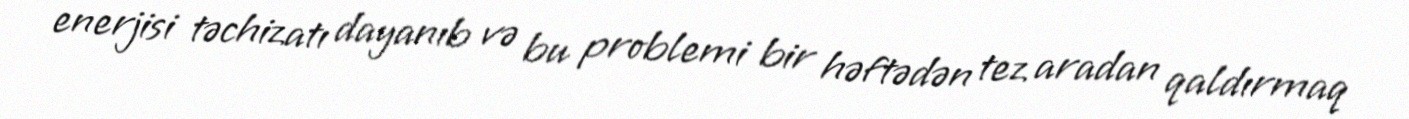
enerjisi təchizatı dayanıb və bu problemi bir həftədən tez aradan qaldırmaq